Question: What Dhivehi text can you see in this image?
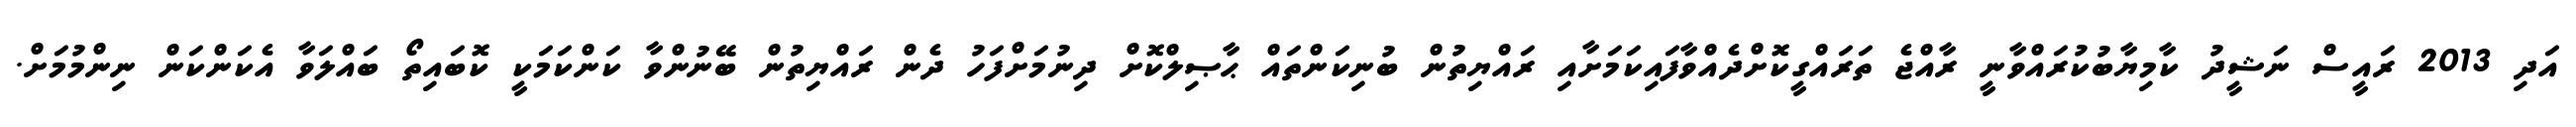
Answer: އަދި 2013 ރައީސް ނަޝީދު ކާމިޔާބުކުރައްވާނީ ރާއްޖެ ތަރައްގީކޮށްދެއްވާފައިކަމަށާއި ރައްޔިތުން ބުނިކަންތައް ޙާޞިލްކޮށް ދިނުމަށްފަހު ދެން ރައްޔިތުން ބޭނުންވާ ކަންކަމަކީ ކޮބައިތޯ ބައްލަވާ އެކަންކަން ނިންމުމަށް.